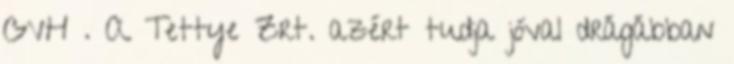
GVH . A Tettye Zrt. azért tudja jóval drágábban